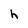
Character: h